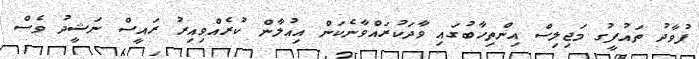
ފުވާދު ތައުފީގު މަޖިލިސް އިންތިހާބުގައި ވާދަކުރައްވާނެކަން އިއުލާން ކުރެއްވިއިރު ރައީސް ނަޝީދު ވެސް